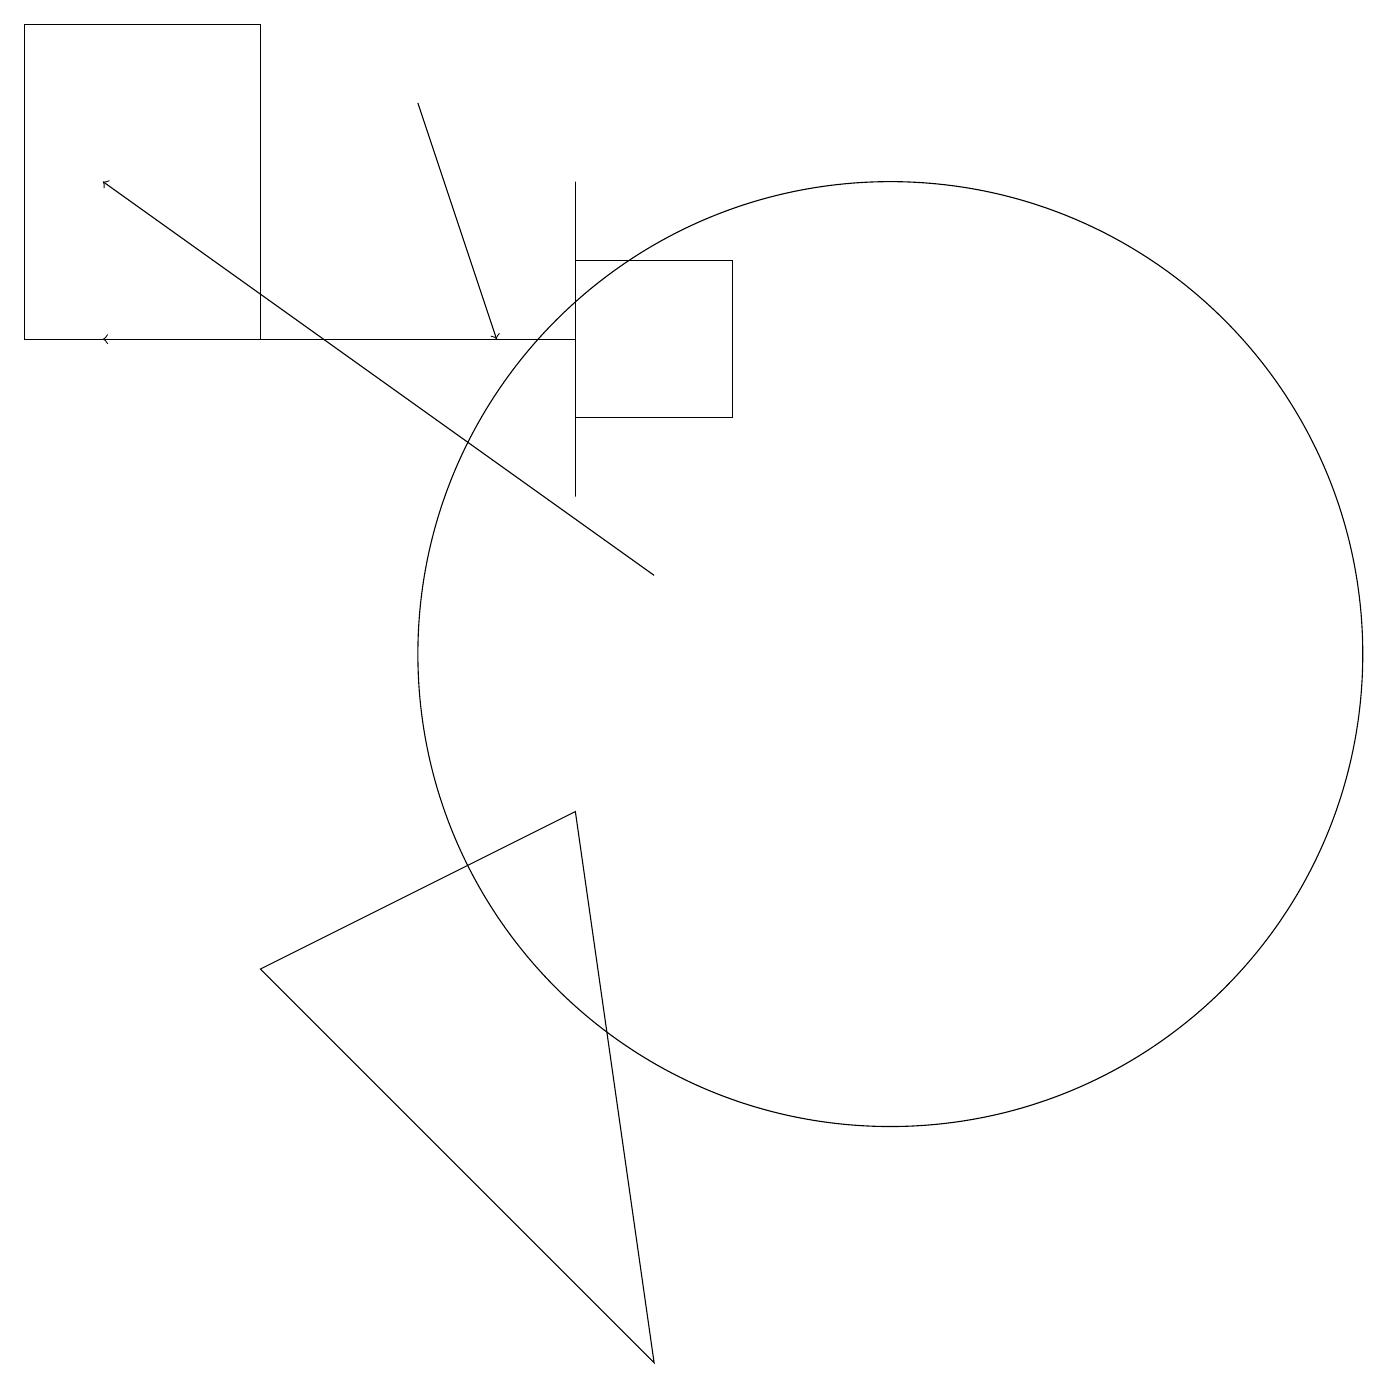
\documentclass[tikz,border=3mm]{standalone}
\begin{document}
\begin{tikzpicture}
\draw (7,13) rectangle (7,17);
\draw[->] (7,15) -- (1,15);
\draw[->] (8,12) -- (1,17);
\draw (7,9) -- (3,7) -- (8,2) -- cycle;
\draw (9,14) rectangle (7,16);
\draw (11,11) circle (6);
\draw[->] (5,18) -- (6,15);
\draw (3,19) rectangle (0,15);
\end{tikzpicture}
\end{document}